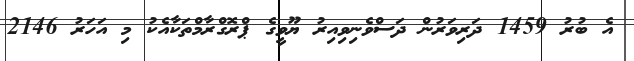
އެ ބުރު 1459 ދަރިވަރުން ދަސްވެނިވިއިރު ޔޫވީގެ ޕްރޮގްރާމްތަކާއެކު މި އަހަރު 2146